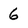
Character: 6